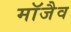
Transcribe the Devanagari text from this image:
माॅजैव